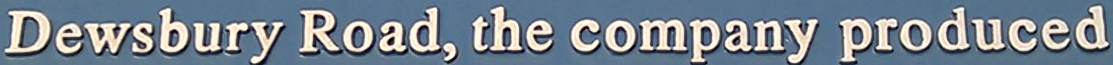
Dewsbury Road. the company produced